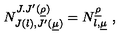
N _ { J ( \l ) , J ^ { \prime } ( \underline { { \mu } } ) } ^ { J . J ^ { \prime } ( \underline { { \rho } } ) } = N _ { \l , \underline { { \mu } } } ^ { \underline { { \rho } } } \ ,